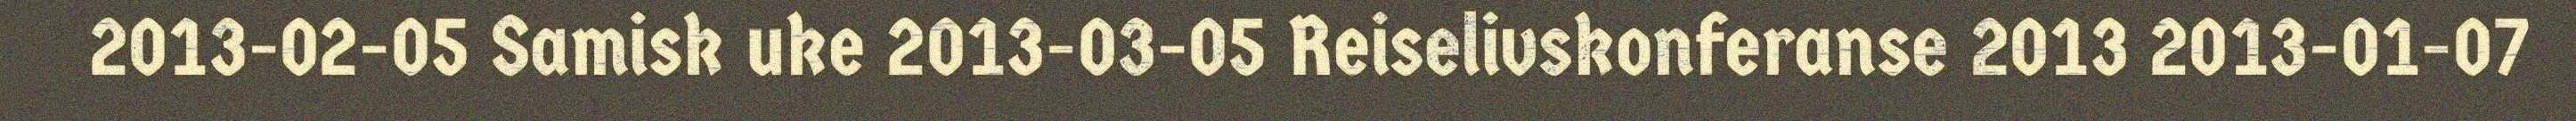
2013-02-05 Samisk uke 2013-03-05 Reiselivskonferanse 2013 2013-01-07